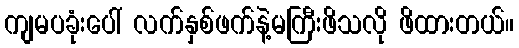
ကျမပခုံးပေါ် လက်နှစ်ဖက်နဲ့မကြီးဖိသလို ဖိထားတယ်။